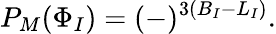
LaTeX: P_{M}(\Phi_{I})=(-)^{3(B_{I}-L_{I})}.